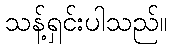
သန့်ရှင်းပါသည်။